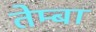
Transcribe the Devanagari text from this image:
तेम्बा